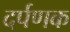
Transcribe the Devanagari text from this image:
दर्पणक